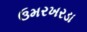
ઉમરખરડા